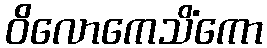
ဝိလောကေသိံကော